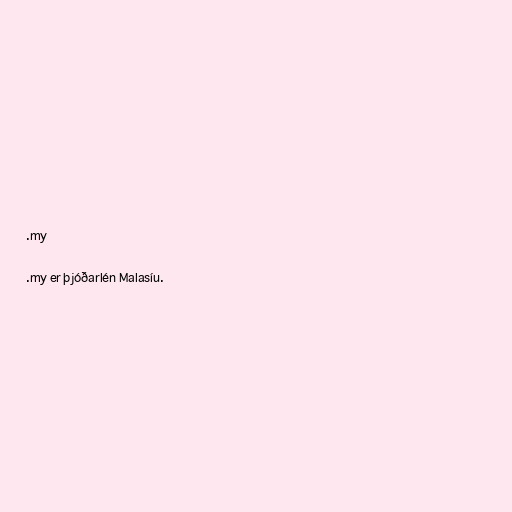
.my

.my er þjóðarlén Malasíu.